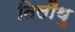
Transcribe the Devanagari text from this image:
तिलौथु